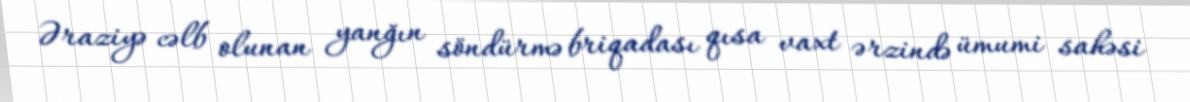
Əraziyə cəlb olunan yanğın söndürmə briqadası qısa vaxt ərzində ümumi sahəsi